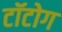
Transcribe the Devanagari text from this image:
टॉटोग